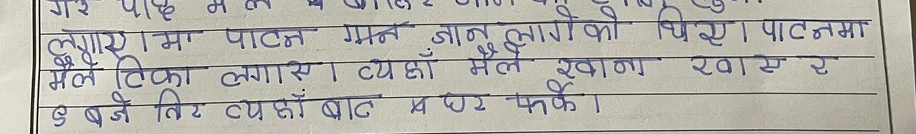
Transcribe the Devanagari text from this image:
लगाए । पाटन गमन ज्ञान मार्गको थिए । पाटनमा
मैले टिका लगाएँ । त्यहाँ मैले खाना खाएँ र
६ बजे तिर त्यहाँबाट घर फर्के ।